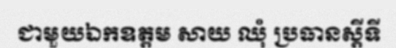
ជាមួយឯកឧត្តម សាយ ឈុំ ប្រធានស្តីទី